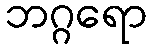
ဘဂ္ဂရော